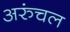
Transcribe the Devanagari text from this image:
अरुंचल